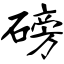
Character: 磅